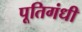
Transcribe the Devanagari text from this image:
पूतिगंधी